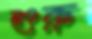
শুরু